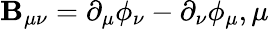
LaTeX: \mathbf{B}_{\mu\nu}=\partial_{\mu}\phi_{\nu}-\partial_{\nu}\phi_{\mu},\mu